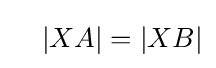
\quad |XA|=|XB|